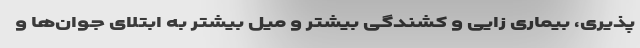
پذیری، بیماری زایی و کشندگی بیشتر و میل بیشتر به ابتلای جوان‌ها و